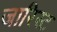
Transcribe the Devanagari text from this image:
जारिस्ट